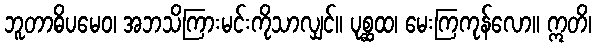
ဘူတာဓိပမေဝ၊ အဘသိကြားမင်းကိုသာလျှင်။ ပုစ္ဆထ၊ မေးကြကုန်လော။ ဣတိ၊